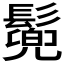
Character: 𩮷